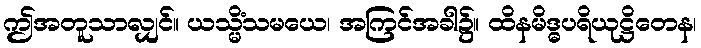
ဤအတူသာလျှင်။ ယသ္မိံသမယေ၊ အကြင်အခါ၌။ ထိနမိဒ္ဓပရိယုဋ္ဌိတေန၊